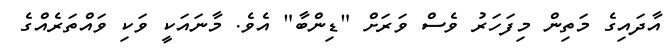
އާދައިގެ މަތިން މިފަހަރު ވެސް ވަރަށް "ޑިންބާ" އެވެ. މާނައަކީ ވަކި ވައްތަރެއްގެ